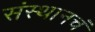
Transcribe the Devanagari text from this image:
संस्थानचं